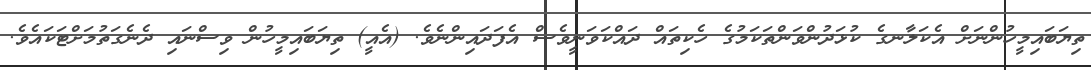
ތިޔަބައިމީހުންނަށް އެކަލާނގެ ކުޅަދުންވަންތަކަމުގެ ހެކިތައް ދައްކަވަނީވެސް އެފަދައިންނެވެ. (އެއީ) ތިޔަބައިމީހުން ވިސްނައި ދެނެގަތުމަށްޓަކައެވެ.